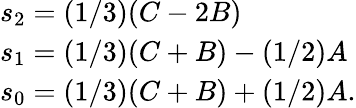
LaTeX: \begin{array}{l}{{s_{2}=(1/3)(C-2B)}}\\ {{s_{1}=(1/3)(C+B)-(1/2)A}}\\ {{s_{0}=(1/3)(C+B)+(1/2)A.}}\end{array}